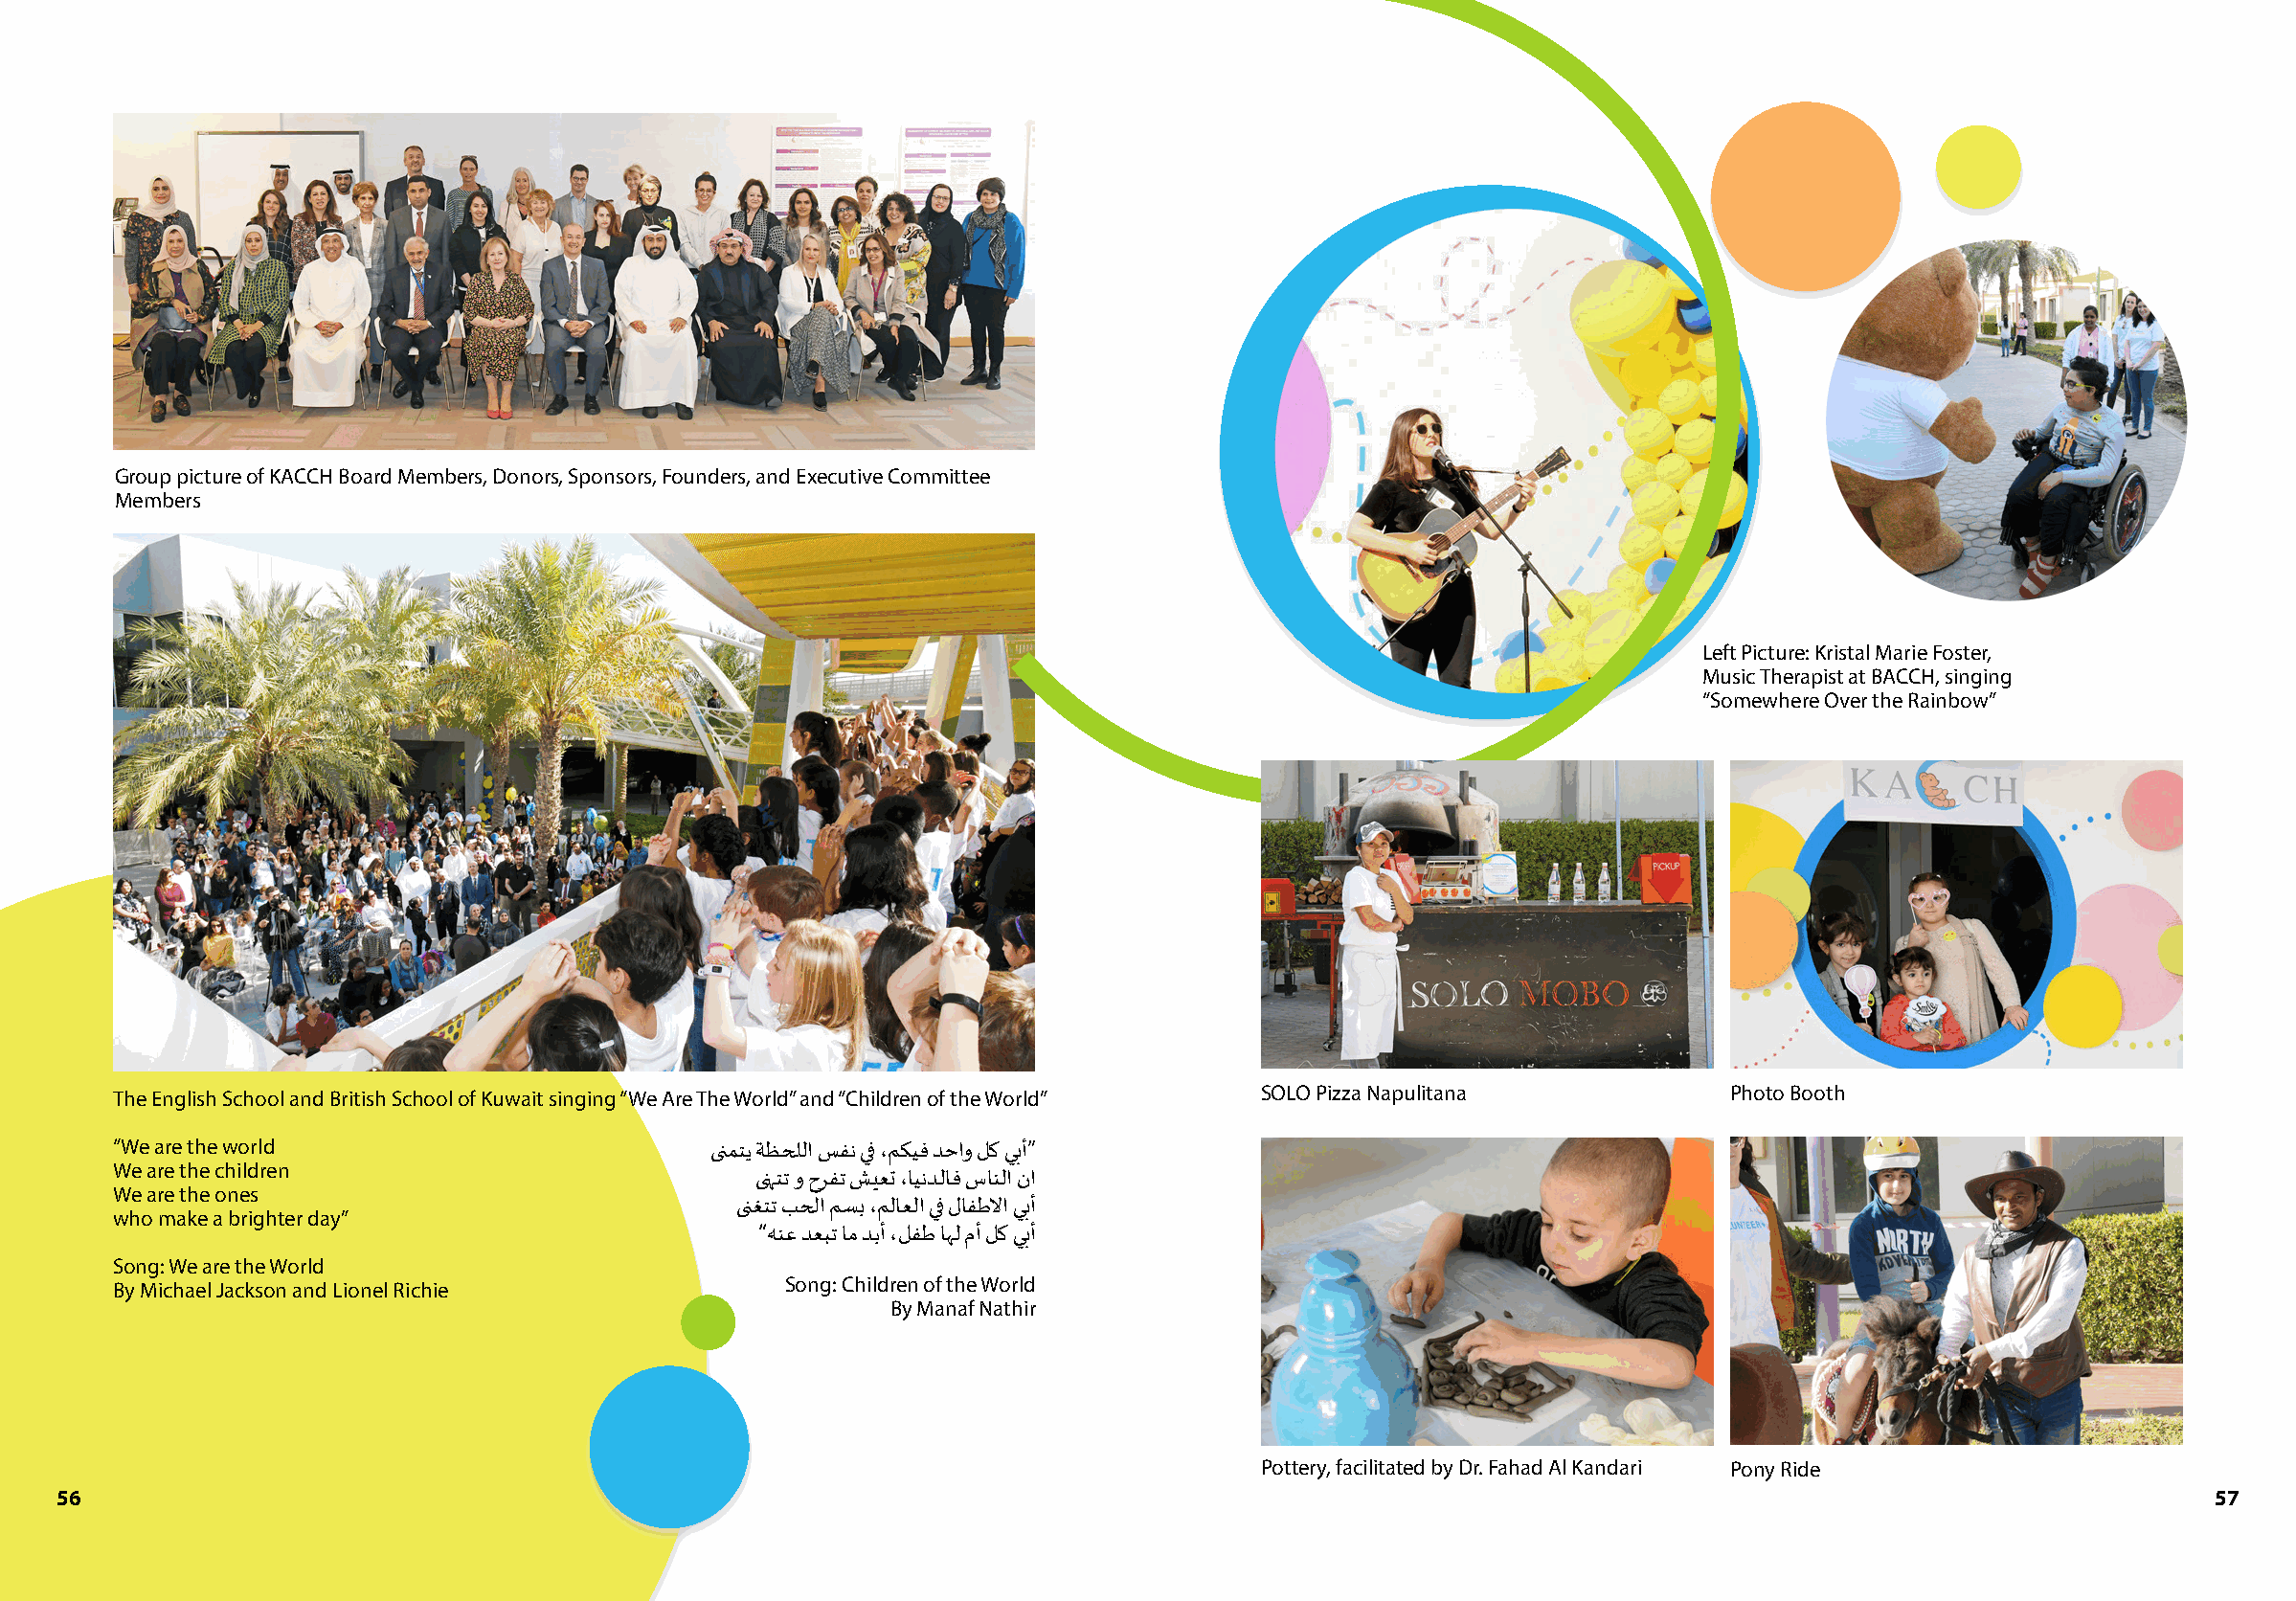
Group picture of KACCH Board Members, Donors, Sponsors, Founders, and Executive Committee
 Members
 Left Picture: Kristal Marie Foster,
 Music Therapist at BACCH, singing
 “Somewhere Over the Rainbow”
 SOLO Pizza Napulitana            Photo Booth
 The English School and British School of Kuwait singing “We Are The World” and “Children of the World”
 “We are the world                        ىنمتي ةظحللا سفن يف ،مكيف دحاو لك يبأ”
 We are the children
 ىهنتت و حرفت شيعت ،ايندلاف سانلا نا
 We are the ones
 ىنغتت بحلا مسب ،ملاعلا يف لافطلاا يبأ
 who make a brighter day”
 “هنع دعبت ام دبأ ،لفط اهل مأ لك يبأ
 Song: We are the World
 By Michael Jackson and Lionel Richie          Song: Children of the World
 By Manaf Nathir
 Pottery, facilitated by Dr. Fahad Al Kandari Pony Ride
 56                                                                                                                                                   57